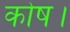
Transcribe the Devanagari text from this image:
कोष।